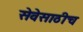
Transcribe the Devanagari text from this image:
सेवेसाठीच